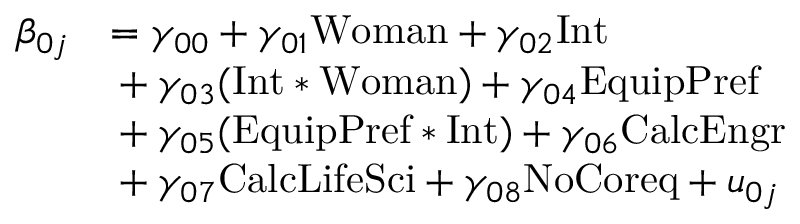
\begin{array} { r l } { \beta _ { 0 j } } & { = \gamma _ { 0 0 } + \gamma _ { 0 1 } \mathrm { W o m a n } + \gamma _ { 0 2 } \mathrm { I n t } } \\ & { \indent + \gamma _ { 0 3 } ( \mathrm { I n t } \ast \mathrm { W o m a n } ) + \gamma _ { 0 4 } \mathrm { E q u i p P r e f } } \\ & { \indent + \gamma _ { 0 5 } ( \mathrm { E q u i p P r e f } \ast \mathrm { I n t } ) + \gamma _ { 0 6 } \mathrm { C a l c E n g r } } \\ & { \indent + \gamma _ { 0 7 } \mathrm { C a l c L i f e S c i } + \gamma _ { 0 8 } \mathrm { N o C o r e q } + u _ { 0 j } } \end{array}